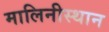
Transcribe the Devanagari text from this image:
मालिनीस्थान